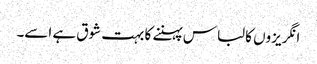
انگریزوں کا لباس پہننے کا بہت شوق ہے اسے۔